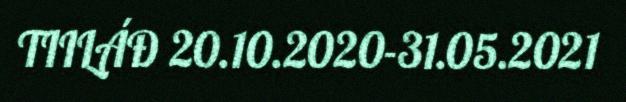
TIILÁĐ 20.10.2020-31.05.2021